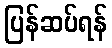
ပြန်ဆပ်ရန်